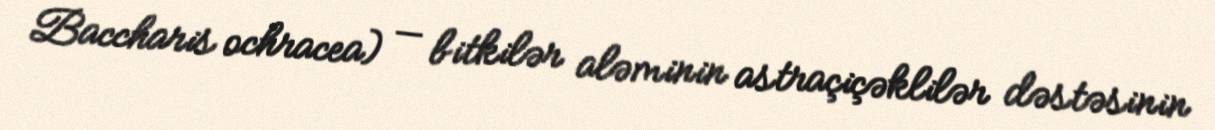
Baccharis ochracea) — bitkilər aləminin astraçiçəklilər dəstəsinin